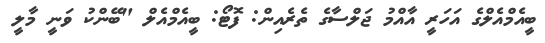
ބީއެމްއެލްގެ އަހަރީ އާއްމު ޖަލްސާގެ ތެރެއިން: ފޮޓޯ: ބީއެމްއެލް "ބޭންކު ވަނީ މާލީ